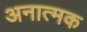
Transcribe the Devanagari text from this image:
अनात्मक